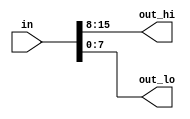
//2022-02-23 
//Vectors in more detail
`default_nettype none     // Disable implicit nets. Reduces some types of bugs.
module top_module( 
    input wire [15:0] in,
    output wire [7:0] out_hi,
    output wire [7:0] out_lo );

    assign {out_hi,out_lo}=in;

endmodule